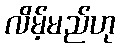
လိမ့်မည်ဟု